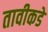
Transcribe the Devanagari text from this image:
तावीकडे